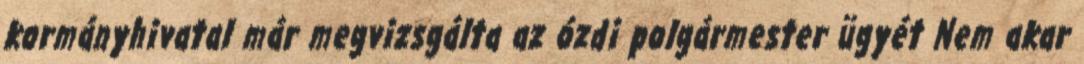
kormányhivatal már megvizsgálta az ózdi polgármester ügyét Nem akar